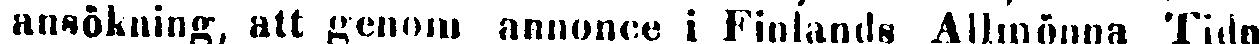
ansökning, att genom annonce i Finlands Allmönna Tidn